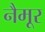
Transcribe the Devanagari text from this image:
नैमूर